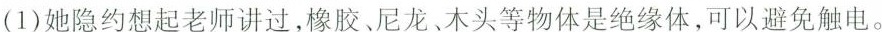
(1)她隐约想起老师讲过，橡胶、尼龙、木头等物体是绝缘体，可以避免触电。